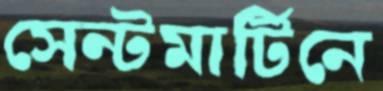
সেন্টমার্টিনে